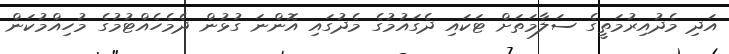
އަދި މެދުއިރުމަތީގެ ސަލާމަތަށް ޓަކައި ދެގައުމުގެ މެދުގައި އޮންނަ ގުޅުން ދެމެހެއްޓުމުގެ މުހިއްމުކަން